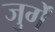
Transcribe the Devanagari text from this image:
जुर्गें